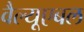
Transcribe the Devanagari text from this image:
वैल्यूएबल